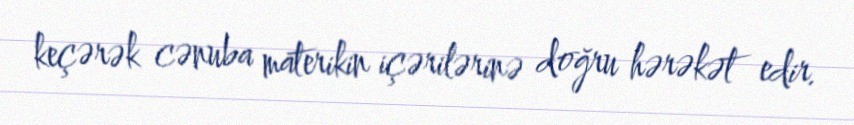
keçərək cənuba materikin içərilərinə doğru hərəkət edir.